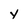
Character: Y